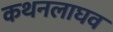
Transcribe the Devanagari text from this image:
कथनलाघव